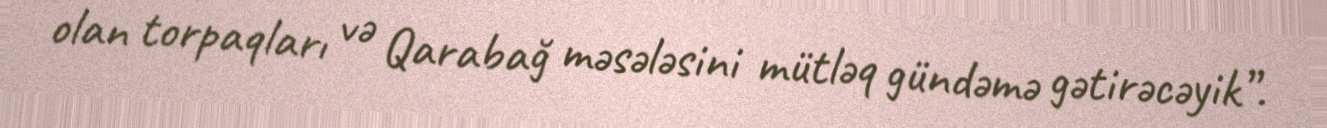
olan torpaqları və Qarabağ məsələsini mütləq gündəmə gətirəcəyik”.